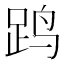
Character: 𲃜